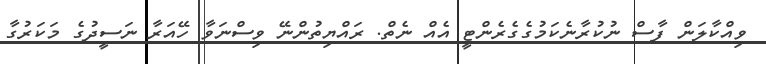
ވިއްކާލަން ފާސް ނުކުރާނެކަމުގެގެރެންޓީ އެއް ނެތް. ރައްޔިތުންނޭ ވިސްނަވާ ހޭއަރާ ނަސީދުގެ މަކަރުގާ